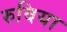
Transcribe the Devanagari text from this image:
रुविया